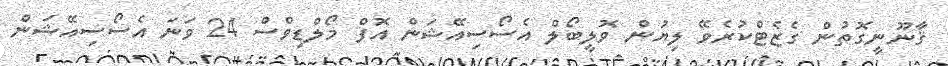
ޤާނޫނީގޮތުން ގެޒެޓްކުރެވޭ ލިޔުން ވޮލީބޯލް އެސޯސިއޭޝަން އޮފް މޯލްޑިވްސް 24 ވަނަ އެސޯސިއޭޝަން